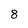
Character: 8